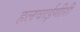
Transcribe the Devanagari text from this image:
हलवाईगीरी